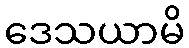
ဒေသယာမိ